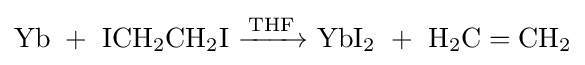
\mathrm {Yb\ +\ ICH_{2}CH_{2}I\ {\xrightarrow[{}]{THF}}\ YbI_{2}\ +\ H_{2}C=CH_{2}}